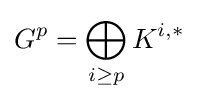
G^{p}=\bigoplus _{i\geq p}K^{i,*}